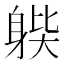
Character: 𨉊